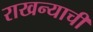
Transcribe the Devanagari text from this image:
राखन्याची